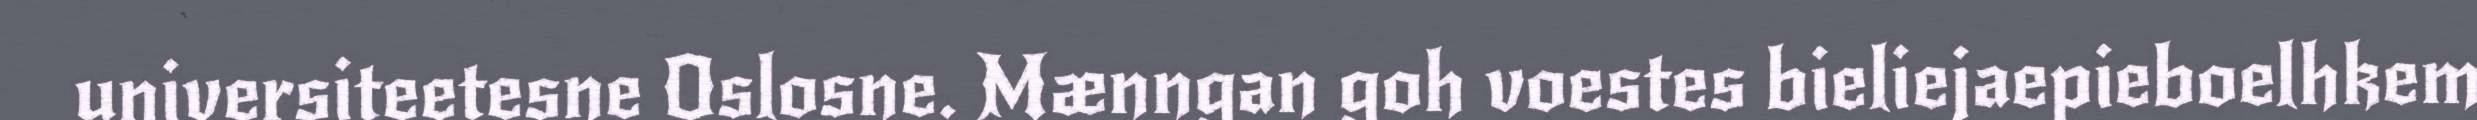
universiteetesne Oslosne. Mænngan goh voestes bieliejaepieboelhkem